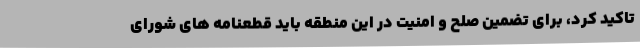
تاکید کرد، برای تضمین صلح و امنیت در این منطقه باید قطعنامه های شورای